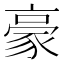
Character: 豪